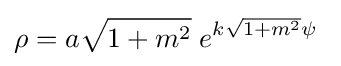
\rho =a{\sqrt {1+m^{2}}}\;e^{k{\sqrt {1+m^{2}}}\psi }\